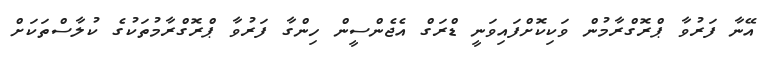
އޭނާ ފަރުވާ ޕްރޮގްރާމުން ވަކިކޮށްފައިވަނީ ޑްރަގް އެޖެންސީން ހިންގާ ފަރުވާ ޕްރޮގްރާމުތަކުގެ ކުލާސްތަކަށް